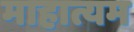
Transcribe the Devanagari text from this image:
माहात्यम